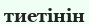
тиетінін